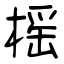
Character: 榣